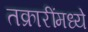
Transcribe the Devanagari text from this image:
तक्रारींमध्ये